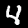
Digit: 4